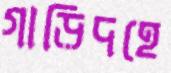
গাড়িদহে